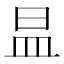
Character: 昷